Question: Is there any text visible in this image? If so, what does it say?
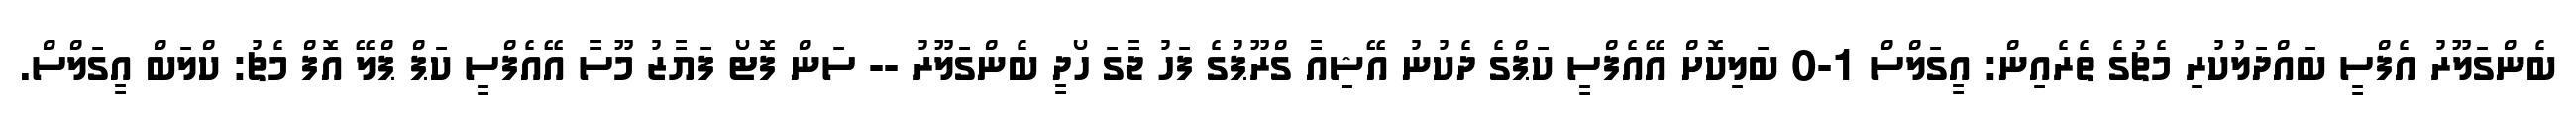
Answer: ބެންގަލޫރު އެފްސީ ބައްދަލުކުރި މެޗުގެ ތެރެއިން: އީގަލްސް 1-0 ބަލިކޮށް އޭއެފްސީ ކަޕްގެ ދެކުނު އޭޝިއާ ގްރޫޕުގެ ފަހު ޖާގަ ހޯދީ ބެންގަލޫރު -- ސަން ފޮޓޯ ފަޔާޒު މޫސާ އޭއެފްސީ ކަޕް ޕްލޭ އޮފް މެޗު: ކްލަބް އީގަލްސް.